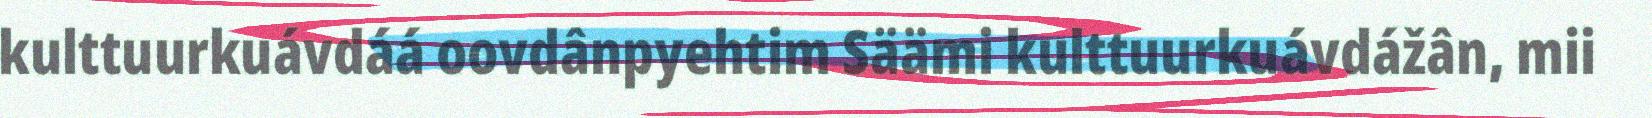
kulttuurkuávdáá oovdânpyehtim Säämi kulttuurkuávdážân, mii